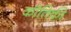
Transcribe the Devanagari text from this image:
कौतिकी